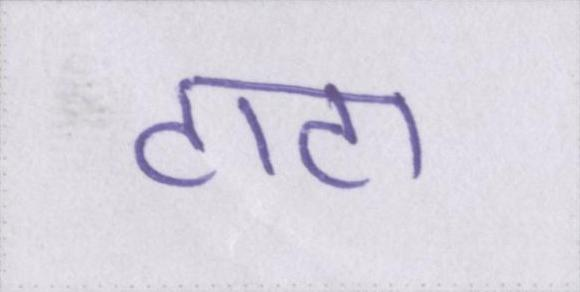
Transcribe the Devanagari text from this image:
टाटा